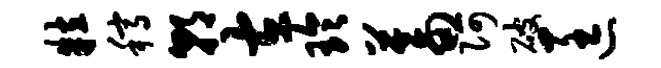
粒稿朝左玲蓄阿破匡